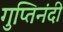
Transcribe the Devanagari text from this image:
गुप्तिनंदी